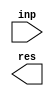
module pad_lsb_1 (inp, res);
   parameter signed [31:0] orig_width = 4;
   parameter signed [31:0] new_width = 2;
   input [orig_width - 1 : 0] inp;
   output [new_width - 1 : 0] res;
   parameter signed [31:0] pad_pos = new_width - orig_width -1;
   wire [new_width-1:0] result;
   genvar i;
   assign  res = result;
   generate
      if (new_width >= orig_width)
        begin:u0
           assign result[new_width-1:new_width-orig_width] = inp[orig_width-1:0];
        end
   endgenerate
   generate
      if (pad_pos >= 0)
        begin:u1
           assign result[pad_pos:0] = {pad_pos{1'b0}};
        end
   endgenerate
endmodule